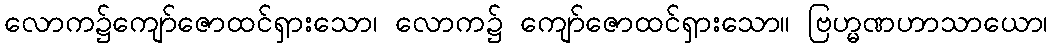
လောက၌ကျော်ဇောထင်ရှားသော၊ လောက၌ ကျော်ဇောထင်ရှားသော။ ဗြဟ္မဏဟာသာယော၊